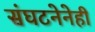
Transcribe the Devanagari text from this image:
संघटनेनेही